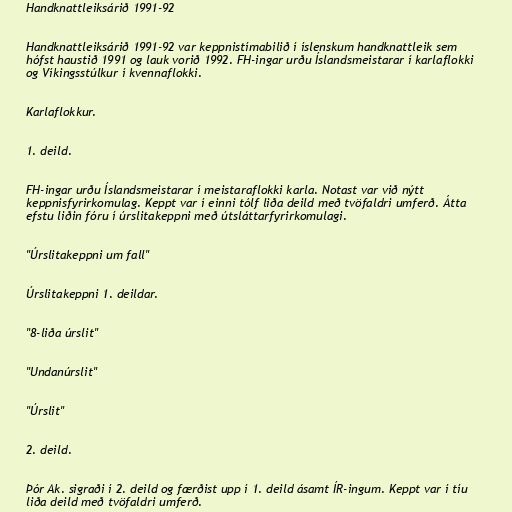
Handknattleiksárið 1991-92

Handknattleiksárið 1991-92 var keppnistímabilið í íslenskum handknattleik sem
hófst haustið 1991 og lauk vorið 1992. FH-ingar urðu Íslandsmeistarar í karlaflokki
og Víkingsstúlkur í kvennaflokki.

Karlaflokkur.

1. deild.

FH-ingar urðu Íslandsmeistarar í meistaraflokki karla. Notast var við nýtt
keppnisfyrirkomulag. Keppt var í einni tólf liða deild með tvöfaldri umferð. Átta
efstu liðin fóru í úrslitakeppni með útsláttarfyrirkomulagi.

"Úrslitakeppni um fall"

Úrslitakeppni 1. deildar.

"8-liða úrslit"

"Undanúrslit"

"Úrslit"

2. deild.

Þór Ak. sigraði í 2. deild og færðist upp í 1. deild ásamt ÍR-ingum. Keppt var í tíu
liða deild með tvöfaldri umferð.